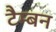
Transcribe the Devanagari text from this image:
टैम्बन